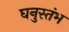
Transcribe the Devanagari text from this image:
घनुस्तंभ